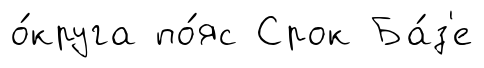
о́круга по́яс Срок Ба́з'е